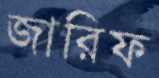
জারিফ